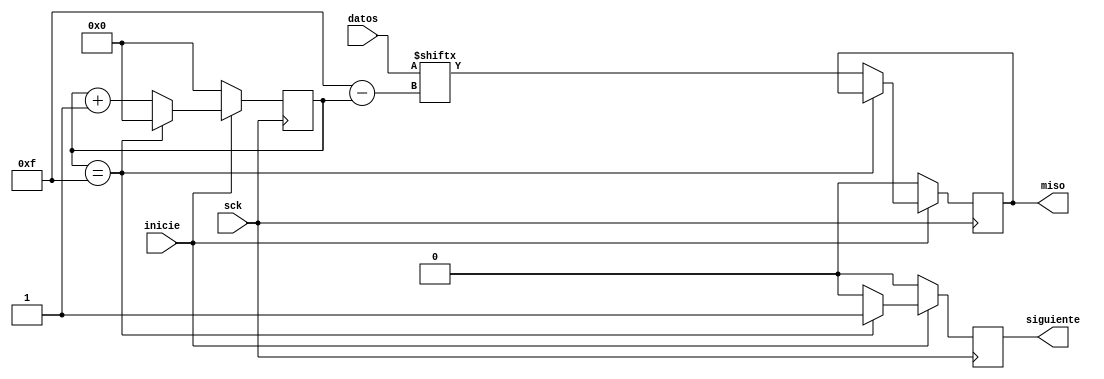
`timescale 1ns / 1ps
//////////////////////////////////////////////////////////////////////////////////
// Company: 
// Engineer: 
// 
// Design Name: 
// Module Name:    ADCprueba 
// Project Name: 
// Target Devices: 
// Tool versions: 
// Description: 
//
// Dependencies: 
//
// Revision: 
// Revision 0.01 - File Created
// Additional Comments: 
//
//////////////////////////////////////////////////////////////////////////////////
module ADCprueba( input wire [15:0] datos, input wire sck, inicie, output reg miso, output reg siguiente 
    );


wire [0:15] data;
reg [3:0] contador;



assign data=datos;





		always@(negedge sck) 
		begin
		if (inicie) begin
				if(contador==4'd15) 
					begin
					contador=0;
					siguiente=1;
					end
				else begin
				miso=data[contador];
				contador=contador+1'b1;
				siguiente=0;
		     end
			  
		end
		else begin 
		       miso=0;
				contador=0;
				siguiente=0;
		end

		end 
	






endmodule